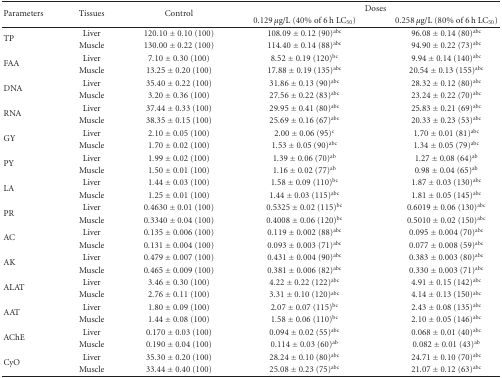
<table><thead><tr><td rowspan="2"><b> Parameters</b></td><td rowspan="2"><b>Tissues</b></td><td rowspan="2"><b>Control</b></td><td colspan="2"><b>Doses</b></td></tr><tr><td><b>0.129 <i>μ</i>g/L (40% of 6 h LC<sub>50</sub>)</b></td><td><b>0.258 <i>μ</i>g/L (80% of 6 h LC<sub>50</sub>)</b></td></tr></thead><tbody><tr><td rowspan="2">TP</td><td>Liver</td><td>120.10 ± 0.10 (100)</td><td>108.09 ± 0.12 (90)<sup>abc</sup></td><td>96.08 ± 0.14 (80)<sup>abc</sup></td></tr><tr><td>Muscle</td><td>130.00 ± 0.22 (100)</td><td>114.40 ± 0.14 (88)<sup>abc</sup></td><td>94.90 ± 0.22 (73)<sup>abc</sup></td></tr><tr><td rowspan="2">FAA</td><td>Liver</td><td>7.10 ± 0.30 (100)</td><td>8.52 ± 0.19 (120)<sup>bc</sup></td><td>9.94 ± 0.14 (140)<sup>abc</sup></td></tr><tr><td>Muscle</td><td>13.25 ± 0.20 (100)</td><td>17.88 ± 0.19 (135)<sup>abc</sup></td><td>20.54 ± 0.13 (155)<sup>abc</sup></td></tr><tr><td rowspan="2">DNA</td><td>Liver</td><td>35.40 ± 0.22 (100)</td><td>31.86 ± 0.13 (90)<sup>abc</sup></td><td>28.32 ± 0.12 (80)<sup>abc</sup></td></tr><tr><td> Muscle</td><td>3.20 ± 0.36 (100)</td><td>27.56 ± 0.22 (83)<sup>abc</sup></td><td>23.24 ± 0.22 (70)<sup>abc</sup></td></tr><tr><td rowspan="2">RNA</td><td>Liver</td><td>37.44 ± 0.33 (100)</td><td>29.95 ± 0.41 (80)<sup>abc</sup></td><td>25.83 ± 0.21 (69)<sup>abc</sup></td></tr><tr><td>Muscle</td><td>38.35 ± 0.15 (100)</td><td>25.69 ± 0.16 (67)<sup>abc</sup></td><td>20.33 ± 0.23 (53)<sup>abc</sup></td></tr><tr><td rowspan="2">GY</td><td>Liver</td><td>2.10 ± 0.05 (100)</td><td>2.00 ± 0.06 (95)<sup>c</sup></td><td>1.70 ± 0.01 (81)<sup>abc</sup></td></tr><tr><td>Muscle</td><td>1.70 ± 0.02 (100)</td><td>1.53 ± 0.05 (90)<sup>abc</sup></td><td>1.34 ± 0.05 (79)<sup>abc</sup></td></tr><tr><td rowspan="2">PY</td><td>Liver</td><td>1.99 ± 0.02 (100)</td><td>1.39 ± 0.06 (70)<sup>ab</sup></td><td>1.27 ± 0.08 (64)<sup>ab</sup></td></tr><tr><td>Muscle</td><td>1.50 ± 0.01 (100)</td><td>1.16 ± 0.02 (77)<sup>ab</sup></td><td>0.98 ± 0.04 (65)<sup>ab</sup></td></tr><tr><td rowspan="2">LA</td><td>Liver</td><td>1.44 ± 0.03 (100)</td><td>1.58 ± 0.09 (110)<sup>bc</sup></td><td>1.87 ± 0.03 (130)<sup>abc</sup></td></tr><tr><td>Muscle</td><td>1.25 ± 0.01 (100)</td><td>1.44 ± 0.03 (115)<sup>abc</sup></td><td>1.81 ± 0.05 (145)<sup>abc</sup></td></tr><tr><td rowspan="2">PR</td><td>Liver</td><td>0.4630 ± 0.01 (100)</td><td>0.5325 ± 0.02 (115)<sup>bc</sup></td><td>0.6019 ± 0.06 (130)<sup>abc</sup></td></tr><tr><td>Muscle</td><td>0.3340 ± 0.04 (100)</td><td>0.4008 ± 0.06 (120)<sup>bc</sup></td><td>0.5010 ± 0.02 (150)<sup>abc</sup></td></tr><tr><td rowspan="2">AC</td><td>Liver</td><td>0.135 ± 0.006 (100)</td><td>0.119 ± 0.002 (88)<sup>abc</sup></td><td>0.095 ± 0.004 (70)<sup>abc</sup></td></tr><tr><td>Muscle</td><td>0.131 ± 0.004 (100)</td><td>0.093 ± 0.003 (71)<sup>abc</sup></td><td>0.077 ± 0.008 (59)<sup>abc</sup></td></tr><tr><td rowspan="2"> AK</td><td>Liver</td><td>0.479 ± 0.007 (100)</td><td>0.431 ± 0.004 (90)<sup>abc</sup></td><td>0.383 ± 0.003 (80)<sup>abc</sup></td></tr><tr><td>Muscle</td><td>0.465 ± 0.009 (100)</td><td>0.381 ± 0.006 (82)<sup>abc</sup></td><td>0.330 ± 0.003 (71)<sup>abc</sup></td></tr><tr><td rowspan="2">ALAT</td><td>Liver</td><td>3.46 ± 0.30 (100)</td><td>4.22 ± 0.22 (122)<sup>abc</sup></td><td>4.91 ± 0.15 (142)<sup>abc</sup></td></tr><tr><td> Muscle</td><td>2.76 ± 0.11 (100)</td><td>3.31 ± 0.10 (120)<sup>abc</sup></td><td>4.14 ± 0.13 (150)<sup>abc</sup></td></tr><tr><td rowspan="2"> AAT</td><td> Liver</td><td>1.80 ± 0.09 (100)</td><td>2.07 ± 0.07 (115)<sup>bc</sup></td><td>2.43 ± 0.08 (135)<sup>abc</sup></td></tr><tr><td> Muscle</td><td>1.44 ± 0.08 (100)</td><td>1.58 ± 0.06 (110)<sup>bc</sup></td><td>2.10 ± 0.05 (146)<sup>abc</sup></td></tr><tr><td rowspan="2"> AChE</td><td> Liver</td><td>0.170 ± 0.03 (100)</td><td>0.094 ± 0.02 (55)<sup>abc</sup></td><td>0.068 ± 0.01 (40)<sup>abc</sup></td></tr><tr><td> Muscle</td><td>0.190 ± 0.04 (100)</td><td>0.114 ± 0.03 (60)<sup>ab</sup></td><td>0.082 ± 0.01 (43)<sup>ab</sup></td></tr><tr><td rowspan="2"> CyO</td><td> Liver</td><td>35.30 ± 0.20 (100)</td><td>28.24 ± 0.10 (80)<sup>abc</sup></td><td>24.71 ± 0.10 (70)<sup>abc</sup></td></tr><tr><td> Muscle</td><td>33.44 ± 0.40 (100)</td><td>25.08 ± 0.23 (75)<sup>abc</sup></td><td>21.07 ± 0.12 (63)<sup>abc</sup></td></tr></tbody></table>